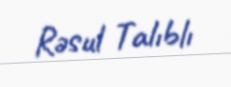
Rəsul Talıblı